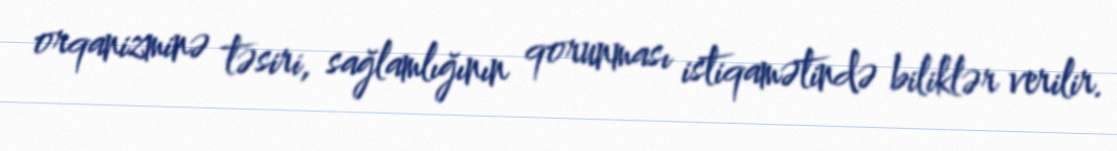
orqanizminə təsiri, sağlamlığının qorunması istiqamətində biliklər verilir.